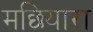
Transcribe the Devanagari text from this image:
मछियारा